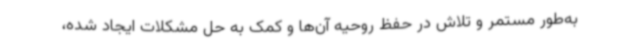
به‌طور مستمر و تلاش در حفظ روحیه آن‌ها و کمک به حل مشکلات ایجاد شده،